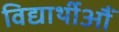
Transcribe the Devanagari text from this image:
विद्यार्थीऔं